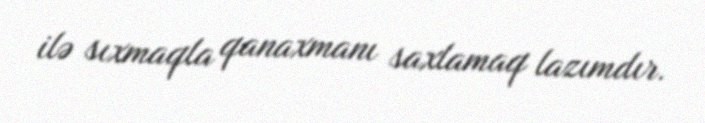
ilə sıxmaqla qanaxmanı saxlamaq lazımdır.